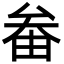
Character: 𡘞